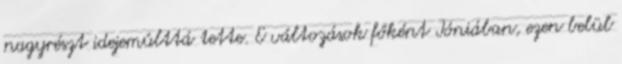
nagyrészt idejemúlttá tette. E változások főként Ióniában, ezen belül